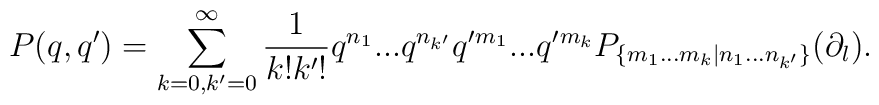
P(q,q')=\sum \limits_{k=0,k'=0}^{\infty} \frac{1}{k!k'!}q^{n_1}...q^{n_{k'}} q'{}^{m_1}...q'{}^{m_{k}} P_{\{m_1...m_k |n_1...n_{k'}\}} (\partial_l).